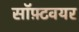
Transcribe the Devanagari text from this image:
सॉफ़्टवयर